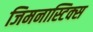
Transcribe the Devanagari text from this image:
जिमनास्टिक्‍स